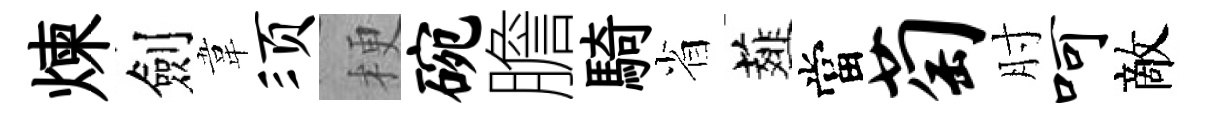
煉劍韋须梗碗膽騎省薤當萄肘呵敵